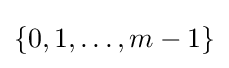
\{0,1,\dots ,m-1\}